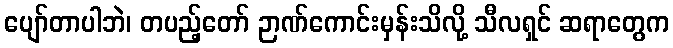
ပျော်တာပါဘဲ၊ တပည့်တော် ဉာဏ်ကောင်းမှန်းသိလို့ သီလရှင် ဆရာတွေက